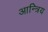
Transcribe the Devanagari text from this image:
आन्त्रिय